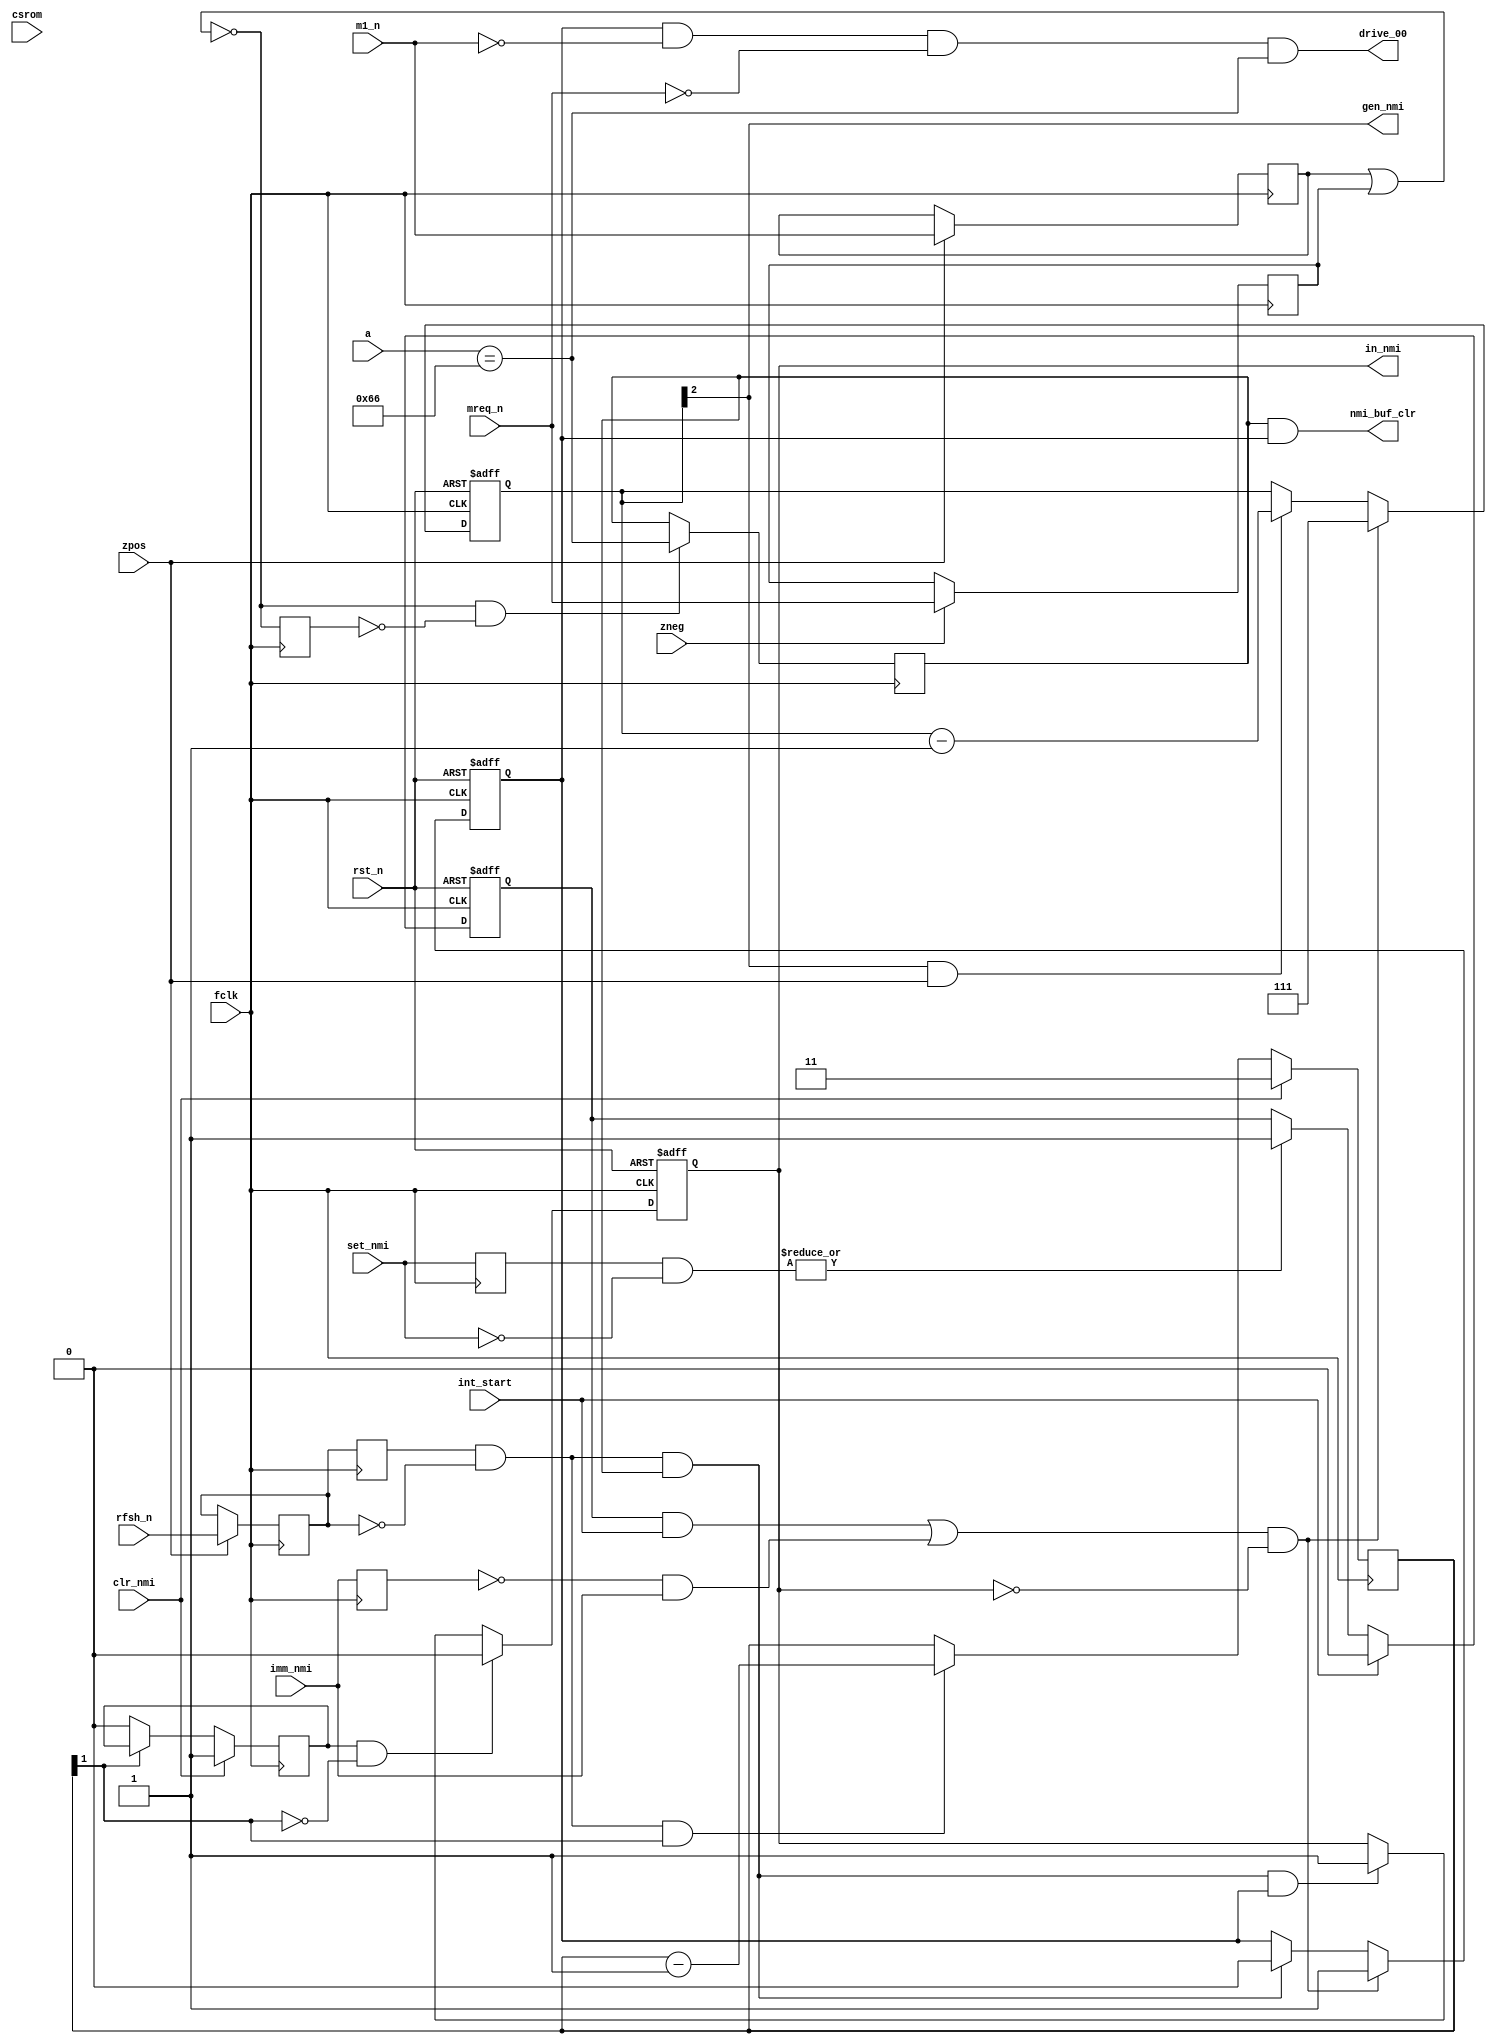
module znmi
(
	input  wire        rst_n,
	input  wire        fclk,

	input  wire        zpos,
	input  wire        zneg,

	input  wire        int_start, // when INT starts
	input  wire [ 1:0] set_nmi,   // NMI requests from slavespi and #BF port
	input  wire        imm_nmi,   // immediate NMI from breakpoint

	input  wire        clr_nmi, // clear nmi: from zports, pulsed at out to #xxBE


	input  wire        rfsh_n,
	input  wire        m1_n,
	input  wire        mreq_n,

	input  wire        csrom,

	input  wire [15:0] a,


	output wire drive_00, // drive nop to Z80 databus


	output reg         in_nmi,  // when 1, there must be last (#FF) ram page in 0000-3FFF
	output wire        gen_nmi, // NMI generator: when 1, NMI_N=0, otherwise NMI_N=Z
	output wire        nmi_buf_clr // clear ram read buffer in zmem during nmi entry
);

	reg  [1:0] set_nmi_r;
	wire       set_nmi_now;

	reg        imm_nmi_r;
	wire       imm_nmi_now;


	reg pending_nmi;

	reg in_nmi_2; // active (=1) when NMIed to ROM, after 0066 M1 becomes 0,
	              // but in_nmi becomes 1 -- ROM switches to #FF RAM


	reg [2:0] nmi_count;

	reg [1:0] clr_count;

	reg pending_clr;


	reg last_m1_rom;

	reg last_m1_0066;


	wire nmi_start;



	//remember whether last M1 opcode read was from ROM or RAM
	reg m1_n_reg, mreq_n_reg;
	reg [1:0] rfsh_n_reg;

	always @(posedge fclk) if( zpos )
		rfsh_n_reg[0] <= rfsh_n;
	always @(posedge fclk)
		rfsh_n_reg[1] <= rfsh_n_reg[0];


	always @(posedge fclk) if( zpos )
		m1_n_reg <= m1_n;

	always @(posedge fclk) if( zneg )
		mreq_n_reg <= mreq_n;

	wire was_m1 = ~(m1_n_reg | mreq_n_reg);

	reg was_m1_reg;

	always @(posedge fclk)
		was_m1_reg <= was_m1;


	always @(posedge fclk)
	if( was_m1 && (!was_m1_reg) )
		last_m1_rom <= csrom && (a[15:14]==2'b00);

	always @(posedge fclk)
	if( was_m1 && (!was_m1_reg) )
		last_m1_0066 <= ( a[15:0]==16'h0066 );





	always @(posedge fclk)
		set_nmi_r <= set_nmi;
	//
	assign set_nmi_now = | (set_nmi_r & (~set_nmi) );

	always @(posedge fclk)
		imm_nmi_r <= imm_nmi;
	//
	assign imm_nmi_now = | ( (~imm_nmi_r) & imm_nmi );



	always @(posedge fclk, negedge rst_n)
	if( !rst_n )
		pending_nmi <= 1'b0;
	else // posedge clk
	begin
		if( int_start )
			pending_nmi <= 1'b0;
		else if( set_nmi_now )
			pending_nmi <= 1'b1;
	end


	// actual nmi start
	assign nmi_start = (pending_nmi && int_start) || imm_nmi_now;



	always @(posedge fclk)
	if( clr_nmi )
		clr_count <= 2'd3;
	else if( rfsh_n_reg[1] && (!rfsh_n_reg[0]) && clr_count[1] )
		clr_count <= clr_count - 2'd1;

	always @(posedge fclk)
	if( clr_nmi )
		pending_clr <= 1'b1;
	else if( !clr_count[1] )
		pending_clr <= 1'b0;


	always @(posedge fclk, negedge rst_n)
	if( !rst_n )
		in_nmi_2 <= 1'b0;
	else // posedge fclk
	begin
		if( nmi_start && (!in_nmi) /*&& last_m1_rom*/ ) // fix for NMI page after execution of 0066 opcode everywhere
			in_nmi_2 <= 1'b1;
		else if( rfsh_n_reg[1] && (!rfsh_n_reg[0]) && last_m1_0066 )
			in_nmi_2 <= 1'b0;
	end


	assign drive_00 = in_nmi_2 && (!m1_n) && (!mreq_n) && (a[15:0]==16'h0066); // && last_m1_0066;

	assign nmi_buf_clr = last_m1_0066 && in_nmi_2;

	always @(posedge fclk, negedge rst_n)
	if( !rst_n )
		in_nmi <= 1'b0;
	else // posedge clk
	begin
		if( pending_clr && (!clr_count[1]) )
			in_nmi <= 1'b0;
		else if( /*(nmi_start && (!in_nmi) && (!last_m1_rom))                      ||*/
		         (rfsh_n_reg[1] && (!rfsh_n_reg[0]) && last_m1_0066 && in_nmi_2) )
			in_nmi <= 1'b1;
	end


	always @(posedge fclk, negedge rst_n)
	if( !rst_n )
		nmi_count <= 3'b000;
	else if( nmi_start && (!in_nmi) )
		nmi_count <= 3'b111;
	else if( nmi_count[2] && zpos )
		nmi_count <= nmi_count - 3'd1;


	assign gen_nmi = nmi_count[2];


endmodule